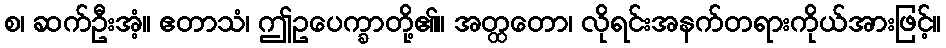
စ၊ ဆက်ဦးအံ့။ ဧတာသံ၊ ဤဥပေက္ခာတို့၏။ အတ္ထတော၊ လိုရင်းအနက်တရားကိုယ်အားဖြင့်။